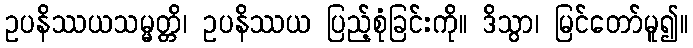
ဥပနိဿယသမ္မတ္တိ၊ ဥပနိဿယ ပြည့်စုံခြင်းကို။ ဒိသွာ၊ မြင်တော်မူ၍။